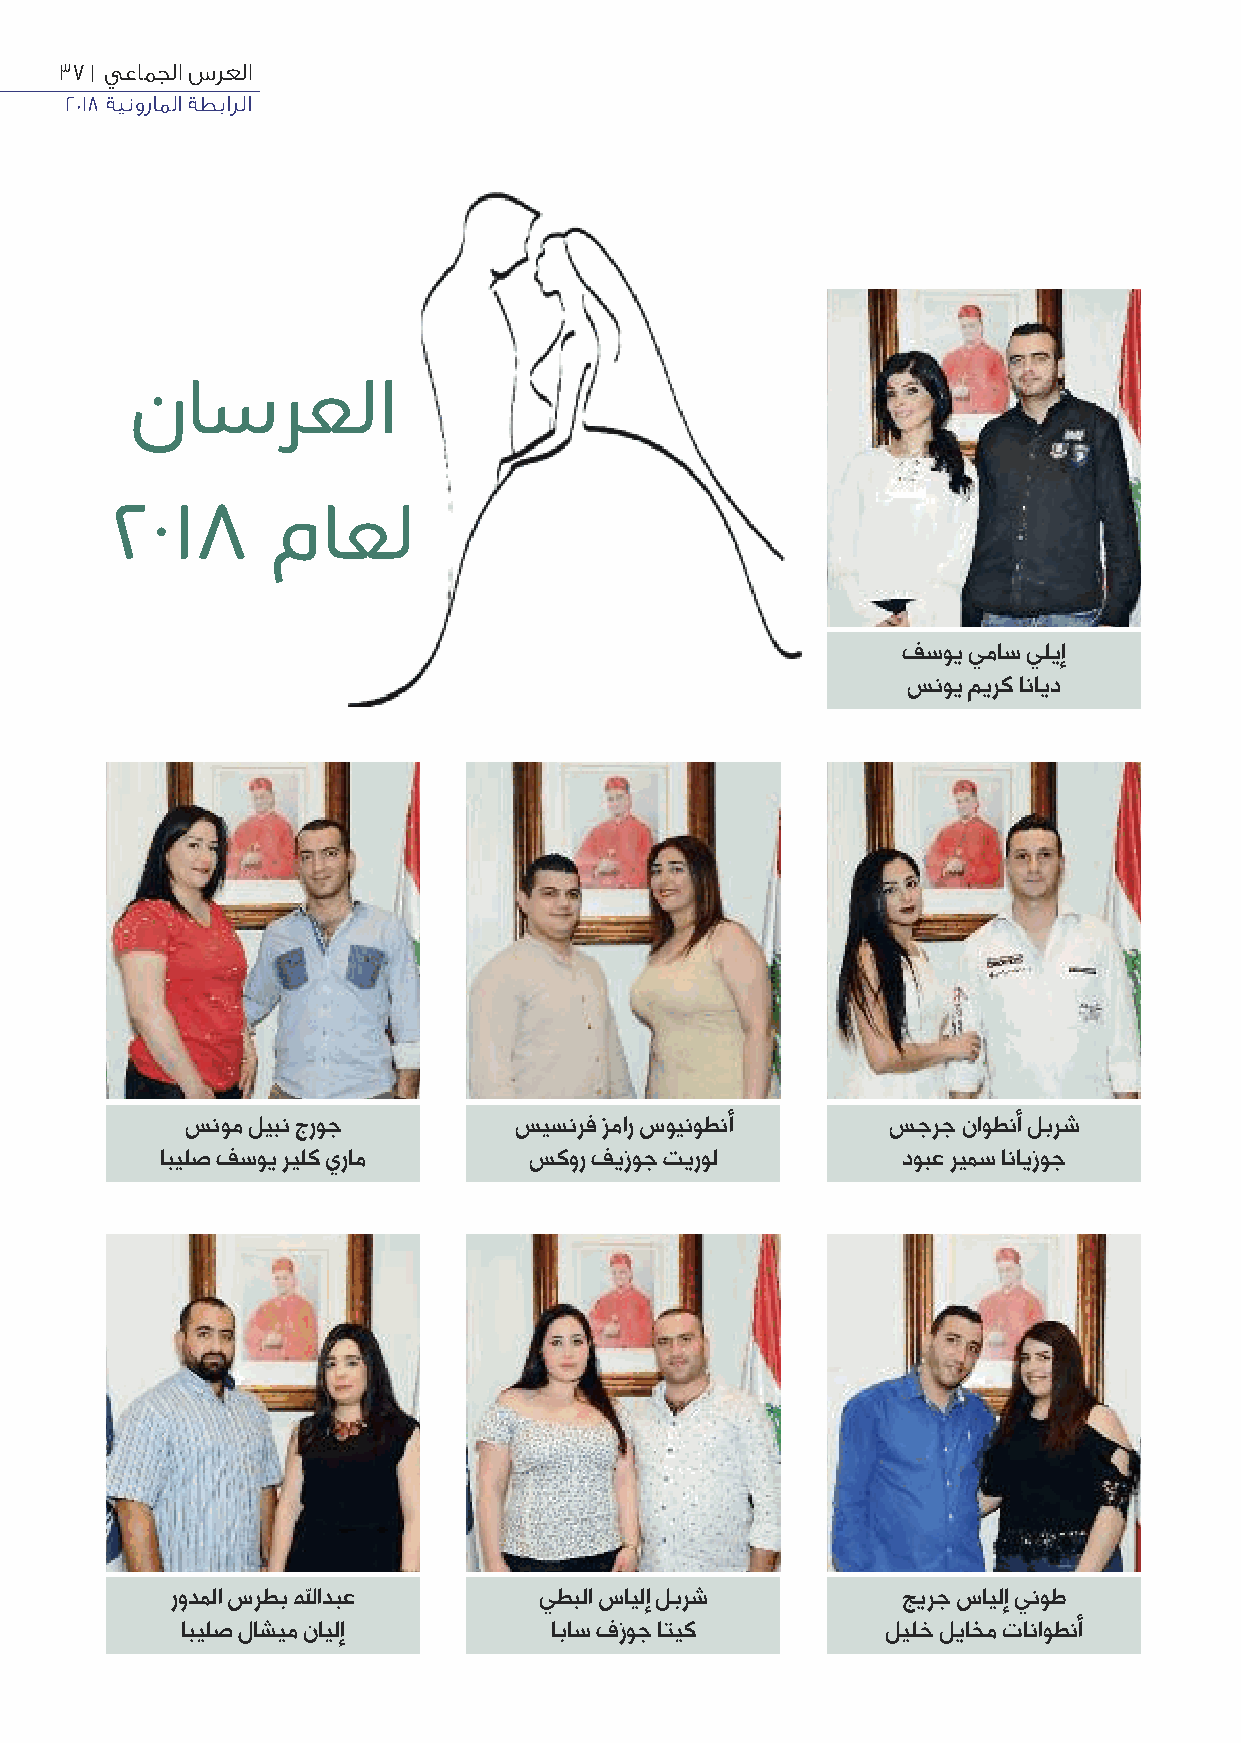
37 | يعامجلا سرعلا
 2018 ةينوراملا ةطبارلا
 ناسرعلا
 2018       ماعل
 فسوي يماس يليإ
 سنوي ميرك انايد
 سنوم ليبن جروج        سيسنرف زمار سوينوطنأ     سجرج ناوطنأ لبرش
 ابيلص فسوي ريلك يرام    سكور فيزوج تيرول         دوبع ريمس انايزوج
 رودملا سرطب ﷲادبع        يطبلا سايلإ لبرش        جيرج سايلإ ينوط
 ابيلص لاشيم نايلإ       اباس فزوج اتيك         ليلخ لياخم تاناوطنأ